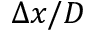
\Delta x / D